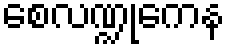
စေလဏ္ဍုကေန